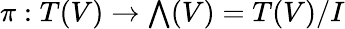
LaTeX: \pi:T(V)\to{\textstyle\bigwedge}(V)=T(V)/I